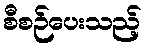
စီစဉ်ပေးသည့်